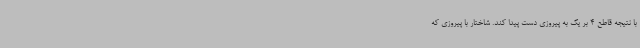
با نتیجه قاطع 4 بر یک به پیروزی دست پیدا کند. شاختار با پیروزی که